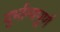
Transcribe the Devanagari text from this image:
दुर्भाग्‍यपूर्ण